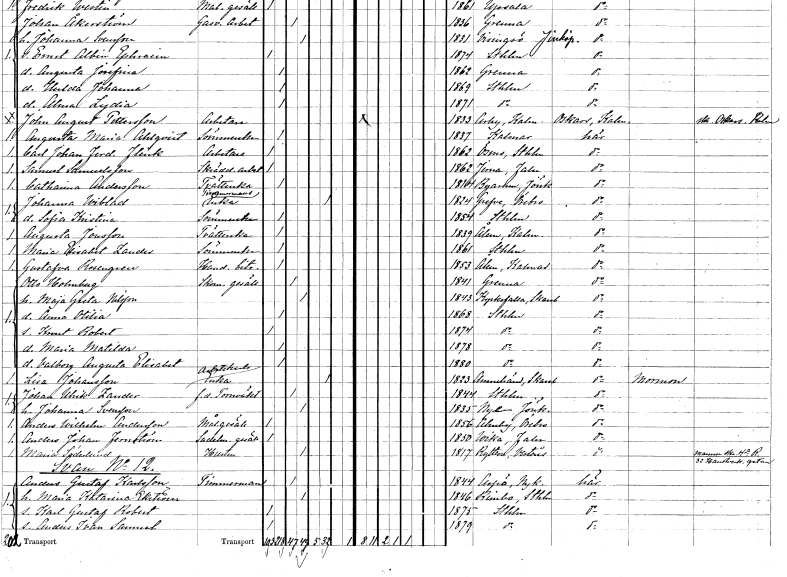
gt_parse: households: individuals: FN: Carl Johan Ferdinand
EN: Flink
YRKE: Arbetare
KON: M
CIV: O
FODAR: 1862
FODFORS: Ösmo Stockholms län
FN: Samuel
EN: Samuelsson
YRKE: Skrädderiarbetare
KON: M
CIV: O
FODAR: 1862
FODFORS: Järna Kopparbergs län
FN: Catharina
EN: Andersson
YRKE: Tvätterska
KON: K
CIV: O
FODAR: 1814
FODFORS: Byarum Jönköpings län
FN: Johanna
EN: Wiblad
YRKE: Timmermansänka
KON: K
CIV: E
FODAR: 1824
FODFORS: Gräve Örebro län
FN: Sofia Kristina
YRKE: Sömmerska
KON: K
CIV: O
FODAR: 1854
FODFORS: Stockholm
FN: Augusta
EN: Jonsson
YRKE: Tvätterska
KON: K
CIV: O
FODAR: 1839
FODFORS: Ålem Kalmar län
FN: Maria Elisabet
EN: Zander
YRKE: Sömmerska
KON: K
CIV: O
FODAR: 1861
FODFORS: Stockholm
FN: Gustafva
EN: Rosengren
YRKE: Handelsbiträde
KON: K
CIV: O
FODAR: 1853
FODFORS: Ålem Kalmar län
FN: Otto
EN: Holmberg
YRKE: Skomakaregesäll
KON: M
CIV: G
FODAR: 1841
FODFORS: Gränna Jönköpings län
FN: Maja Greta
EN: Nilsson
KON: K
CIV: G
FODAR: 1843
FODFORS: Kyrkefalla Skaraborgs län
FN: Anna Otilia
KON: K
CIV: O
FODAR: 1868
FODFORS: Stockholm
FN: Knut Robert
KON: M
CIV: O
FODAR: 1874
FODFORS: Stockholm
FN: Maria Matilda
KON: K
CIV: O
FODAR: 1878
FODFORS: Stockholm
FN: Valborg Augusta Elisabet
KON: K
CIV: O
FODAR: 1880
FODFORS: Stockholm
FN: Lisa
EN: Johansson
YRKE: Arbetskarlsänka
KON: K
CIV: E
FODAR: 1823
FODFORS: Amnehärad Skaraborgs län
FN: Johan Ulrik
EN: Zander
YRKE: Tornväktare f.d.
KON: M
CIV: G
FODAR: 1844
FODFORS: Stockholm
FN: Johanna
EN: Svensson
KON: K
CIV: G
FODAR: 1835
FODFORS: Nye Jönköpings län
FN: Anders Wilhelm
EN: Andersson
YRKE: Målaregesäll
KON: M
CIV: O
FODAR: 1856
FODFORS: Almby Örebro län
FN: Anders Johan
EN: Fernström
YRKE: Sadelmakaregesäll
KON: M
CIV: O
FODAR: 1850
FODFORS: Vika Kopparbergs län
FN: Maria
EN: Söderlund
YRKE: Hustru
KON: K
CIV: G
FODAR: 1817
FODFORS: Rytterne Västmanlands län
FN: Anders Gustaf
EN: Karlsson
YRKE: Timmerman
KON: M
CIV: G
FODAR: 1844
FODFORS: Aspö Södermanlands län
FN: Maria Katarina
EN: Ekström
KON: K
CIV: G
FODAR: 1846
FODFORS: Rimbo Stockholms län
FN: Karl Gustaf Robert
KON: M
CIV: O
FODAR: 1875
FODFORS: Stockholm
FN: Anders Ivan Samuel
KON: M
CIV: O
FODAR: 1879
FODFORS: Stockholm